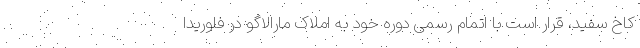
کاخ سفید، قرار است با اتمام رسمی دوره خود به املاک مارالاگو در فلوریدا